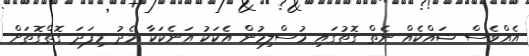
އެއްވެސް ޝައްކެއް ނެތް ގޮތުގައި މުސްލިމުން އެކަކު އަނެކަކާ މެދު މިފަދަ ގޮތްގޮތަށް